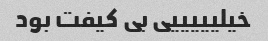
خیلیییییی بی کیفت بود